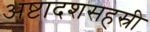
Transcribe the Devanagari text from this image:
अष्टादशसहस्री